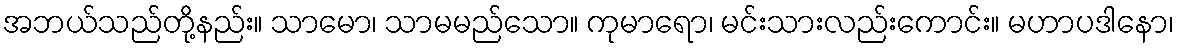
အဘယ်သည်တို့နည်း။ သာမော၊ သာမမည်သော။ ကုမာရော၊ မင်းသားလည်းကောင်း။ မဟာပဒါနော၊